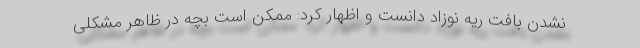
نشدن بافت ریه نوزاد دانست و اظهار کرد: ممکن است بچه در ظاهر مشکلی